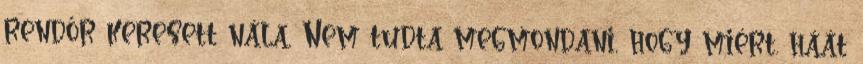
rendőr keresett nála, Nem tudta megmondani, hogy miért. háát